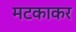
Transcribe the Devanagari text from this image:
मटकाकर